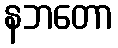
နဘတော